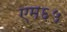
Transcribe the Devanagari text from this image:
एम६५